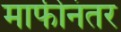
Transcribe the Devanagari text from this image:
माफीनंतर